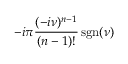
- i \pi { \frac { ( - i \nu ) ^ { n - 1 } } { ( n - 1 ) ! } } \operatorname { s g n } ( \nu )